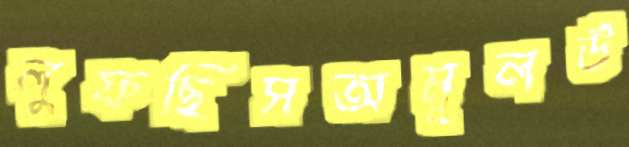
লুফছিসঅমূলউ